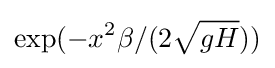
\exp(-x^{2}\beta /(2{\sqrt {gH}}))